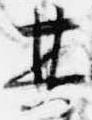
其